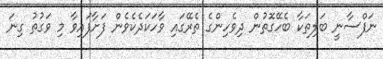
ނަފްސާނީ ބަލިތަކާ ބެހޭގޮތުން ދިވެހިންގެ ތެރޭގައި ވާހަކަދެކެވެން ފަށާފައިވާ މި ވަގުތު ގިނަ